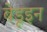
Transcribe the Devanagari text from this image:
बेडूइन